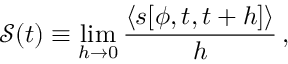
{ \mathcal { S } } ( t ) \equiv \operatorname* { l i m } _ { h \rightarrow 0 } \frac { \langle s [ \phi , t , t + h ] \rangle } { h } \, ,